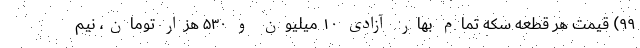
۹۹) قیمت هر قطعه سکه تمام بهار آزادی ۱۰ میلیون و ۵۳۰ هزار تومان، نیم